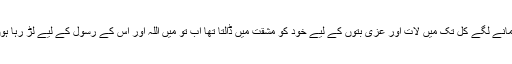
فرمانے لگے کل تک میں لات اور عزی بتوں کے لیے خود کو مشقت میں ڈالتا تھا اب تو میں اللہ اور اس کے رسول کے لیے لڑ رہا ہوں ۔